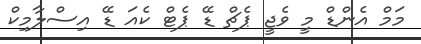
މަމް އެންޑް މީ ވެޖީ ޕެޗް ޑޭ ޕެޓް ކެއަ ޑޭ އިސްލާމިކް